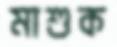
মাশুক